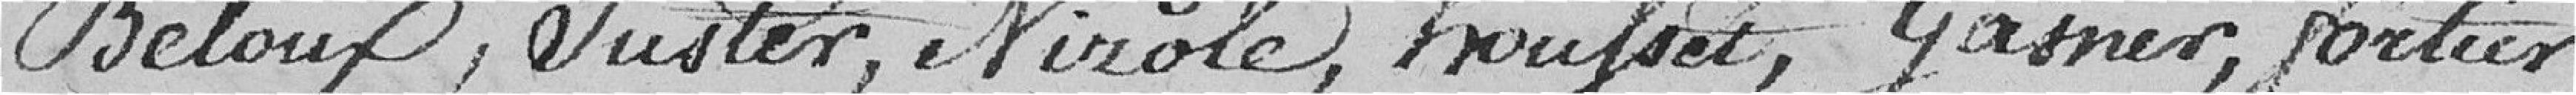
Beloux, Juster, Virole, Houfset, Gasner, Fortier